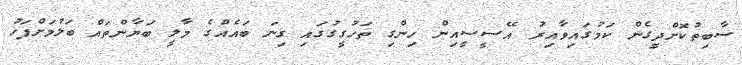
ސާބިތުކޮށްދީގެން ކަމުގައިވާއިރު އޭސީސީއިން ހިންގި ތަހުގީގުގައި ގިނަ ބައެއްގެ މާލީ ބަޔާންތައް ބަލުމަށްފަހު